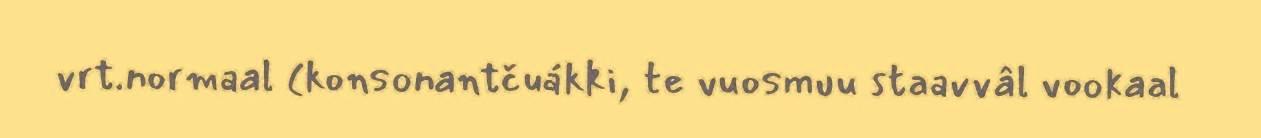
vrt.normaal (konsonantčuákki, te vuosmuu staavvâl vookaal